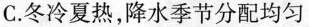
C.冬冷夏热，降水季节分配均匀